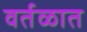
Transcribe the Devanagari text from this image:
वर्तळात